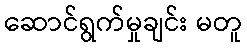
ဆောင်ရွက်မှုချင်း မတူ